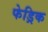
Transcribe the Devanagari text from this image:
फेड्रिक